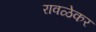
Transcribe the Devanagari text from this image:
रावळेकर